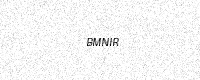
Text: BMNIR